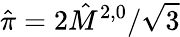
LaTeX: \hat{\pi}=2\hat{M}^{2,0}/\sqrt{3}